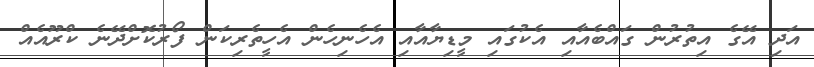
އަދި އޭގެ އިތުރުން ގައްބެއާއި އެކުގައި މީޑިޔާއާއި އެހެނިހެން އެހީތެރިކަން ފޯރުކޮށްދޭނެ ކްރޫއެއް